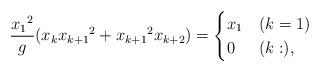
LaTeX: \begin{align*} \frac{{x_1}^2}{g} (x_{k}{x_{k+1}}^2+{x_{k+1}}^2x_{k+2})=\begin{cases}x_1 & (k=1)\\0 & (k:),\end{cases}\end{align*}